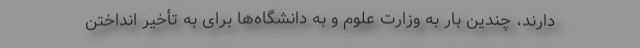
دارند، چندین بار به وزارت علوم و به دانشگاه‌ها برای به تأخیر انداختن